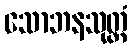
သောဘနသုတ္တံ